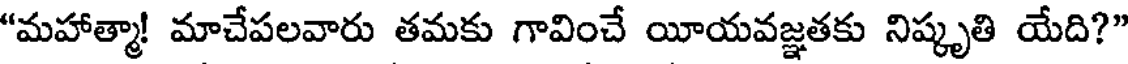
"మహాత్మా! మాచేపలవారు తమకు గావించే యాయవజ్ఞతకు నిష్కృతి యేది?"